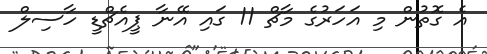
އެ ގޮތުން މި އަހަރުގެ މާޗް 11 ގައި އޭނާ ޕީއެޗްޑީ ހާސިލް